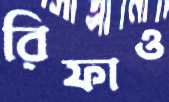
রিফাও